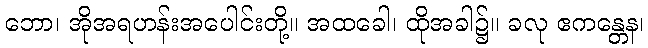
ဘော၊ အိုအရဟန်းအပေါင်းတို့။ အထခေါ၊ ထိုအခါ၌။ ခလု ဧကန္တေန၊